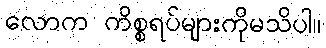
လောက ကိစ္စရပ်များကိုမသိပါ။